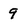
Character: 9